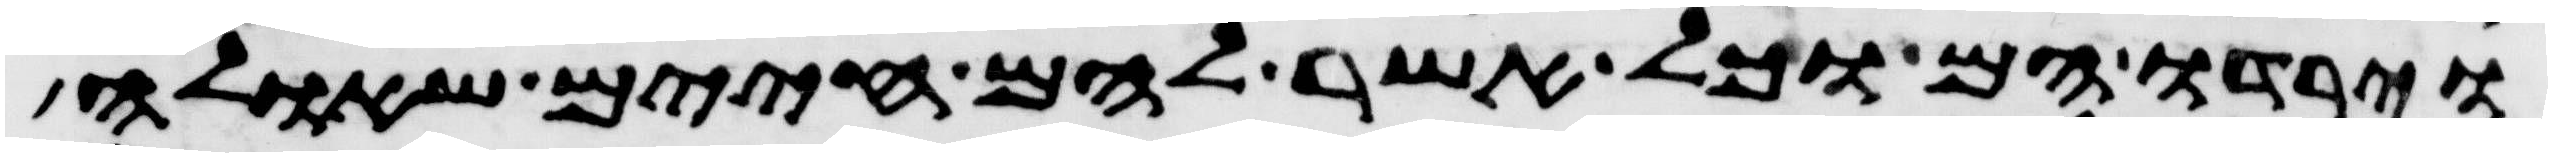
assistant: וירדו הם וכל אשר להם חיים שאלה